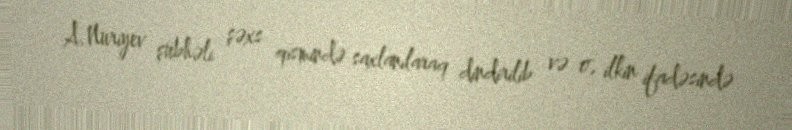
A.Nuriyev şübhəli şəxs qismində saxlanılaraq dindirilib və o, ilkin ifadəsində